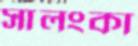
সালংকা